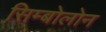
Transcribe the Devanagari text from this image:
सिम्बोलोन